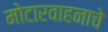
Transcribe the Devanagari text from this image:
मोटारवाहनाचे